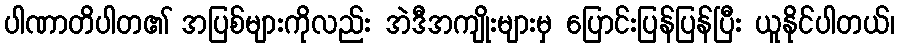
ပါဏာတိပါတ၏ အပြစ်များကိုလည်း အဲဒီအကျိုးများမှ ပြောင်းပြန်ပြန်ပြီး ယူနိုင်ပါတယ်၊